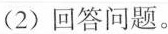
(2)回答问题。